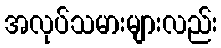
အလုပ်သမားများလည်း